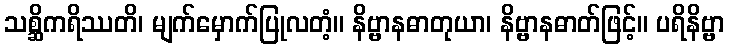
သစ္ဆိကရိဿတိ၊ မျက်မှောက်ပြုလတံ့။ နိဗ္ဗာနဓာတုယာ၊ နိဗ္ဗာနဓာတ်ဖြင့်။ ပရိနိဗ္ဗာ